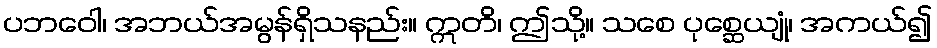
ပဘဝေါ၊ အဘယ်အမွန်ရှိသနည်း။ ဣတိ၊ ဤသို့။ သစေ ပုစ္ဆေယျုံ၊ အကယ်၍